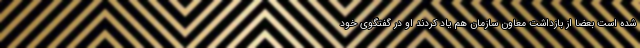
شده است بعضا از بازداشت معاون سازمان هم یاد کردند او در گفتگوی خود